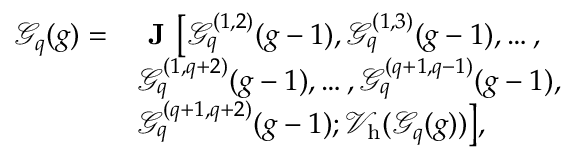
\begin{array} { r l } { \mathcal { G } _ { q } ( g ) = } & { \textbf { J } \big [ \mathcal { G } _ { q } ^ { ( 1 , 2 ) } ( g - 1 ) , \mathcal { G } _ { q } ^ { ( 1 , 3 ) } ( g - 1 ) , \ldots , } \\ & { \mathcal { G } _ { q } ^ { ( 1 , q + 2 ) } ( g - 1 ) , \ldots , \mathcal { G } _ { q } ^ { ( q + 1 , q - 1 ) } ( g - 1 ) , } \\ & { \mathcal { G } _ { q } ^ { ( q + 1 , q + 2 ) } ( g - 1 ) ; \mathcal { V } _ { \mathrm { h } } ( \mathcal { G } _ { q } ( g ) ) \big ] , } \end{array}